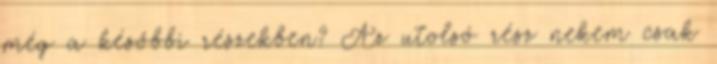
még a későbbi részekben? Az utolsó rész nekem csak